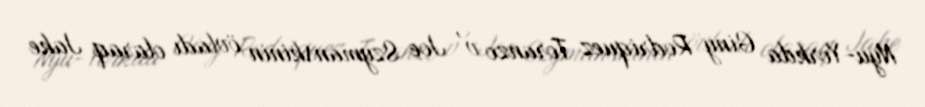
Nyu-Yorkda Giny Rodriquez Toranzo v' Joe Szymanskinin övladı olaraq Jake